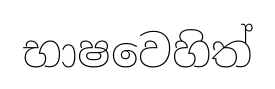
භාෂවෙහිත්